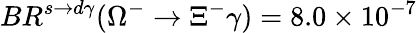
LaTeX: BR^{s\rightarrow d\gamma}(\Omega^{-}\rightarrow\Xi^{-}\gamma)=8.0\times 10^{-7}